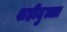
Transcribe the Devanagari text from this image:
शहीदुल्ला